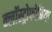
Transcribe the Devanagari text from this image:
क्लॉस्ट्रोफोबिया